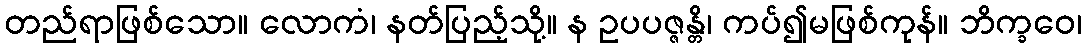
တည်ရာဖြစ်သော။ လောကံ၊ နတ်ပြည့်သို့။ န ဥပပဇ္ဇန္တိ၊ ကပ်၍မဖြစ်ကုန်။ ဘိက္ခဝေ၊